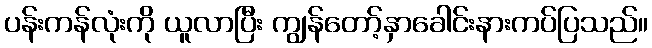
ပန်းကန်လုံးကို ယူလာပြီး ကျွန်တော့်နှာခေါင်းနားကပ်ပြသည်။